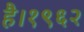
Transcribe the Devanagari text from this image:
है।१९६२